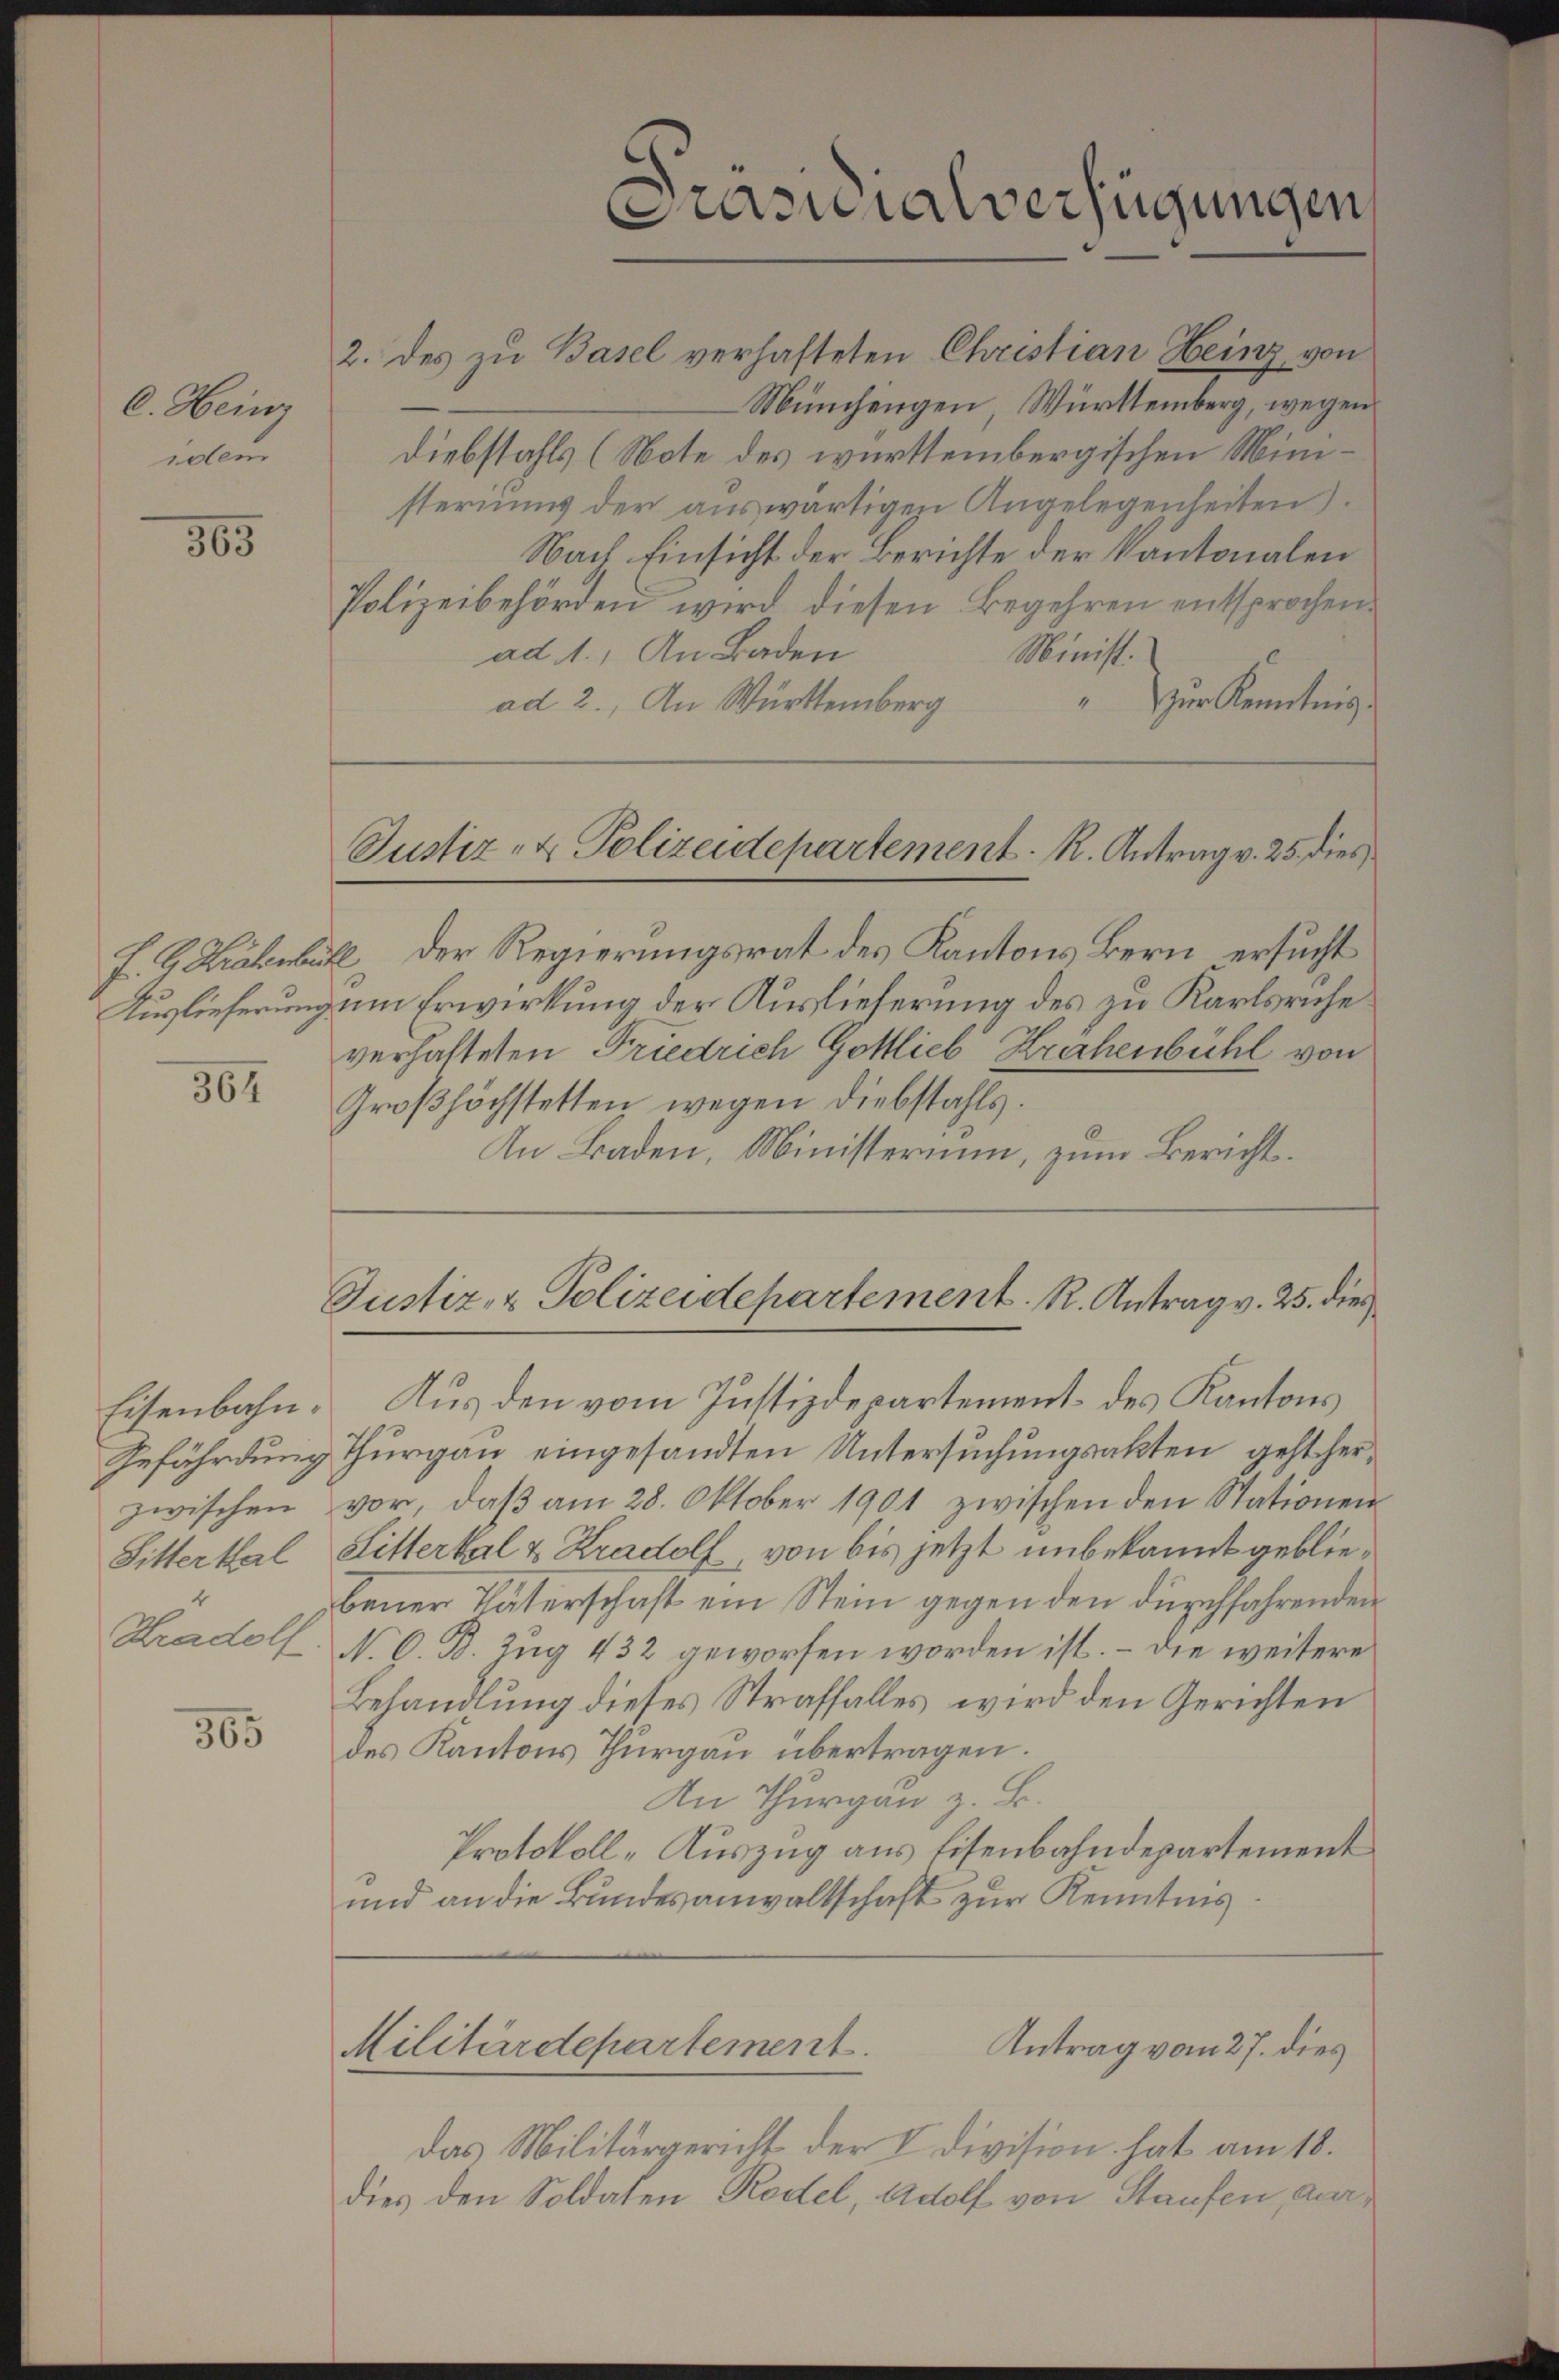
C. Heinz
idem

365

364

Eisenbahn¬

365

Prasialverfügungen

Justiz- & Polizeidepartement. R. Antrag v. 25. dies

2. des zu Basel verhafteten Christian Heinz von
Münchengen Württemberg, wegen
Diebstahls (Note des württembergischen Ministeriums der auswärtigen Angelegenheiten).
Nach Einsicht der Berichte der Kantonalen
Polizeibehörden wird diesen Begehren entsprochen.
ad 1., An Baden
Minist.
" zur Kenntnis
ad 2., An Württemberg
F. G. Zahl der Regierungsrat des Kantons Bern ersucht
Auslieferung um Erwirkung der Auslieferung des zu Karlsruhe
verhafteten Friedrich Gottlieb Krähenbühl von
Großhöchstetten wegen Diebstahls.
An Baden, Ministerium, zum Bericht¬
Justiz- & Polizeidepartement. R. Antrag v. 25. dies
Aus den vom Justizdepartement des Kantons
Gefährdung Thurgau eingesandten Untersuchungsakten geht herzwischen vor, daß am 28. Oktober 1901 zwischen den Stationen
Sitterthal, Sitterkal & Kradolf, von bis jetzt unbekannt gebliebener Väterschaft ein Stein gegen den durchfahrenden
Radolf N. O. B. Zug 432 geworfen worden ist. – Die weitere
Behandlung dieses Straffalles wird den Gerichten
des Kantons Thurgau übertragen.
An Thurgau z. B.
Protokoll-Auszug aus Eisenbahndepartement
und an die Bundesanwaltschaft zur Kenntnis.
Antrag vom 27. dies
Militärdepartement
das Militärgericht der V Division hat am 18.
dies den Soldaten Rodel, Adolf von Staufen, dar¬